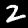
Digit: 2